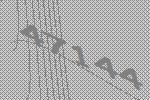
47144